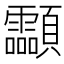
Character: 𩖊